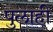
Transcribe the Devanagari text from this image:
पुलाही